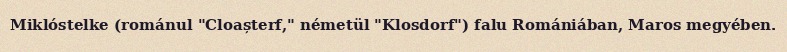
Miklóstelke (románul "Cloașterf," németül "Klosdorf") falu Romániában, Maros megyében.